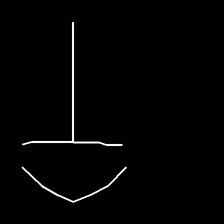
Glyph: dispersion